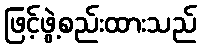
ဖြင့်ဖွဲ့စည်းထားသည်